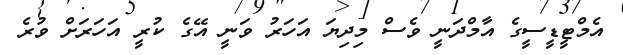
އެމްޓީޑީސީގެ އާމްދަނީ ވެސް މިދިޔަ އަހަރު ވަނީ އޭގެ ކުރީ އަހަރަށް ވުރެ